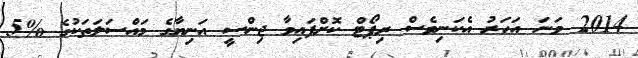
2014 ވަނަ އަހަރު އެކަނިވެސް ރިޕޯޓް ކޮށްފައިވާ ޖިންސީ އަނިޔާގެ މައްސަލަތަކުގެ %5